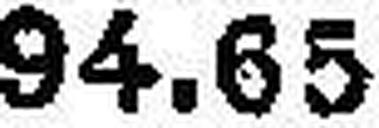
94.65